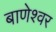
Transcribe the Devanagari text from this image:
बाणेश्‍वर